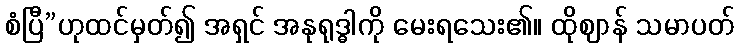
စံပြီ”ဟုထင်မှတ်၍ အရှင် အနုရုဒ္ဓါကို မေးရသေး၏။ ထိုဈာန် သမာပတ်